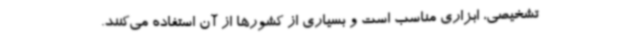
تشخیصی، ابزاری مناسب است و بسیاری از کشورها از آن استفاده می‌کنند.